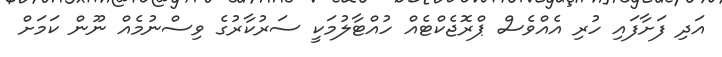
އަދި ފަށާފައި ހުރި އެއްވެސް ޕްރޮޖެކްޓެއް ހުއްޓާލުމަކީ ސަރުކާރުގެ ވިސްނުމެއް ނޫން ކަމަށް